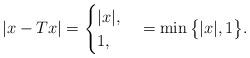
LaTeX: \begin{align*}|x-Tx| = \begin{cases}|x|, &\\1, &\end{cases}= \min\big\{|x|,1\big\}. \end{align*}